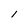
Character: l